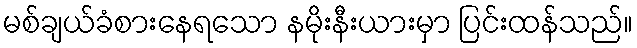
မစ်ချယ်ခံစားနေရသော နမိုးနီးယားမှာ ပြင်းထန်သည်။